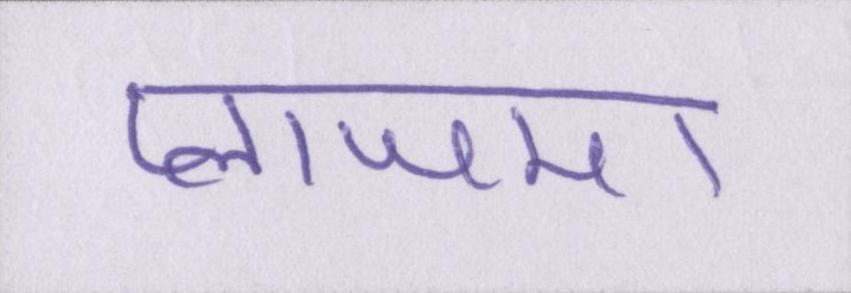
प्लाजमा